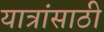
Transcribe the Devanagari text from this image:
यात्रांसाठी